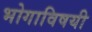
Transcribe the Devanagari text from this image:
भोगाविषयी